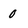
Character: 0